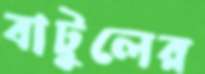
বাটুলের